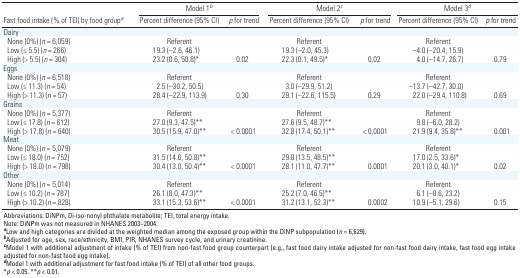
<table><thead><tr><td rowspan="2"><b>Fast food intake (% of TEI) by food group<sup><i>a</i></sup></b></td><td colspan="2"><b>Model 1<sup><i>b</i></sup></b></td><td colspan="2"><b>Model 2<sup><i>c</i></sup></b></td><td colspan="2"><b>Model 3<sup><i>d</i></sup></b></td></tr><tr><td><b>Percent difference (95% CI)</b></td><td><b><i>p</i> for trend</b></td><td><b>Percent difference (95% CI)</b></td><td><b><i>p</i> for trend </b></td><td><b>Percent difference (95% CI)</b></td><td><b><i>p</i> for trend </b></td></tr></thead><tbody><tr><td><b>Dairy</b></td></tr><tr><td><b>None (0%) (<i>n </i>= 6,059)</b></td><td>Referent</td><td></td><td>Referent</td><td></td><td>Referent</td></tr><tr><td><b>Low (≤ 5.5) (<i>n </i>= 266)</b></td><td>19.3 (–2.6, 46.1)</td><td></td><td>19.3 (–2.0, 45.3)</td><td></td><td>–4.0 (–20.4, 15.9)</td></tr><tr><td><b>High (&gt; 5.5) (<i>n </i>= 304)</b></td><td>23.2 (0.6, 50.8)*</td><td>0.02</td><td>22.3 (0.1, 49.5)*</td><td>0.02</td><td>4.0 (–14.7, 26.7)</td><td>0.79</td></tr><tr><td><b>Eggs</b></td></tr><tr><td><b>None (0%) (<i>n </i>= 6,518)</b></td><td>Referent</td><td></td><td>Referent</td><td></td><td>Referent</td></tr><tr><td><b>Low (≤ 11.3) (<i>n </i>= 54)</b></td><td>2.5 (–30.2, 50.5)</td><td></td><td>3.0 (–29.9, 51.2)</td><td></td><td>–13.7 (–42.7, 30.0)</td></tr><tr><td><b>High (&gt; 11.3) (<i>n </i>= 57)</b></td><td>28.4 (–22.9, 113.9)</td><td>0.30</td><td>29.1 (–22.6, 115.5)</td><td>0.29</td><td>22.0 (–29.4, 110.8)</td><td>0.69</td></tr><tr><td><b>Grains</b></td></tr><tr><td><b>None (0%) (<i>n </i>= 5,377)</b></td><td>Referent</td><td></td><td>Referent</td><td></td><td>Referent</td></tr><tr><td><b>Low (≤ 17.8) (<i>n </i>= 612)</b></td><td>27.0 (9.3, 47.5)**</td><td></td><td>27.6 (9.5, 48.7)**</td><td></td><td>9.8 (–6.0, 28.2)</td></tr><tr><td><b>High (&gt; 17.8) (<i>n </i>= 640)</b></td><td>30.5 (15.9, 47.0)**</td><td>&lt; 0.0001</td><td>32.8 (17.4, 50.1)**</td><td>&lt; 0.0001</td><td>21.9 (9.4, 35.8)**</td><td>0.001</td></tr><tr><td><b>Meat</b></td></tr><tr><td><b>None (0%) (<i>n </i>= 5,079)</b></td><td>Referent</td><td></td><td>Referent</td><td></td><td>Referent</td></tr><tr><td><b>Low (≤ 18.0) (<i>n </i>= 752)</b></td><td>31.5 (14.6, 50.8)**</td><td></td><td>29.8 (13.5, 48.5)**</td><td></td><td>17.0 (2.5, 33.6)*</td></tr><tr><td><b>High (&gt; 18.0) (<i>n </i>= 798)</b></td><td>30.4 (13.0, 50.4)**</td><td>&lt; 0.0001</td><td>28.1 (11.0, 47.7)**</td><td>0.0001</td><td>20.1 (3.0, 40.1)*</td><td>0.02</td></tr><tr><td><b>Other</b></td></tr><tr><td><b>None (0%) (<i>n </i>= 5,014)</b></td><td>Referent</td><td></td><td>Referent</td><td></td><td>Referent</td></tr><tr><td><b>Low (≤ 10.2) (<i>n </i>= 787)</b></td><td>26.1 (8.0, 47.3)**</td><td></td><td>25.2 (7.0, 46.5)**</td><td></td><td>6.1 (–8.6, 23.2)</td></tr><tr><td><b>High (&gt; 10.2) (<i>n </i>= 828)</b></td><td>33.1 (15.3, 53.6)**</td><td>&lt; 0.0001</td><td>31.2 (13.1, 52.3)**</td><td>0.0002</td><td>10.9 (–5.1, 29.6)</td><td>0.15</td></tr><tr><td colspan="7">Abbreviations: DiNPm, Di-iso-nonyl phthalate metabolite; TEI, total energy intake.Note: DiNPm was not measured in NHANES 2003–2004.<sup><i><b>a</b></i></sup>Low and high categories are divided at the weighted median among the exposed group within the DiNP subpopulation (<i>n </i>= 6,629).<sup><i><b>b</b></i></sup>Adjusted for age, sex, race/ethnicity, BMI, PIR, NHANES survey cycle, and urinary creatinine.<sup><i><b>c</b></i></sup>Model 1 with additional adjustment of intake (% of TEI) from non-fast food group counterpart (e.g., fast food dairy intake adjusted for non-fast food dairy intake, fast food egg intake adjusted for non-fast food egg intake).<sup><i><b>d</b></i></sup>Model 1 with additional adjustment for fast food intake (% of TEI) of all other food groups.*<i>p</i> &lt; 0.05. **<i>p</i> &lt; 0.01.</td></tr></tbody></table>